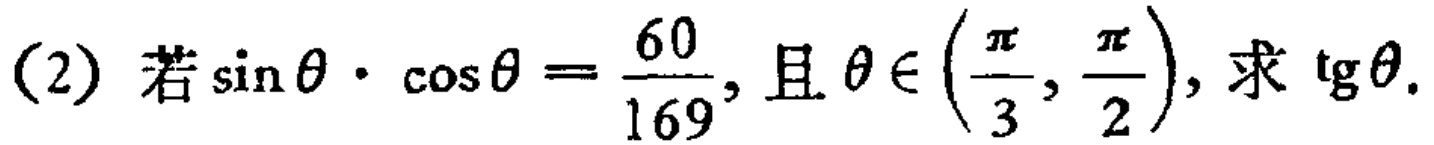
(2) 若\(\sin\theta\cdot\cos\theta = \frac{60}{169}\), 且\(\theta\in\left(\frac{\pi}{3},\frac{\pi}{2}\right)\), 求\(\text{tg}\theta\).